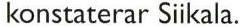
konstaterar Siikala.